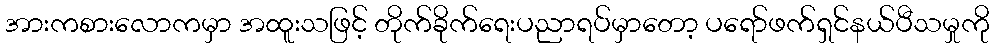
အားကစားလောကမှာ အထူးသဖြင့် တိုက်ခိုက်ရေးပညာရပ်မှာတော့ ပရော်ဖက်ရှင်နယ်ပီသမှုကို